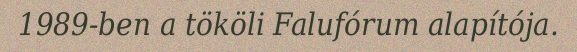
1989-ben a tököli Falufórum alapítója.